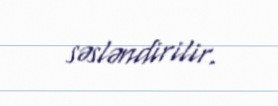
səsləndirilir.